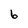
Character: 6